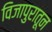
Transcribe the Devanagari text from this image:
विजापुरातून